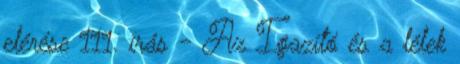
elérése 111. írás - Az Igazító és a lélek